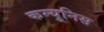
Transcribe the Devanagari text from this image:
कम्यूनिस